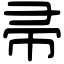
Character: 帚